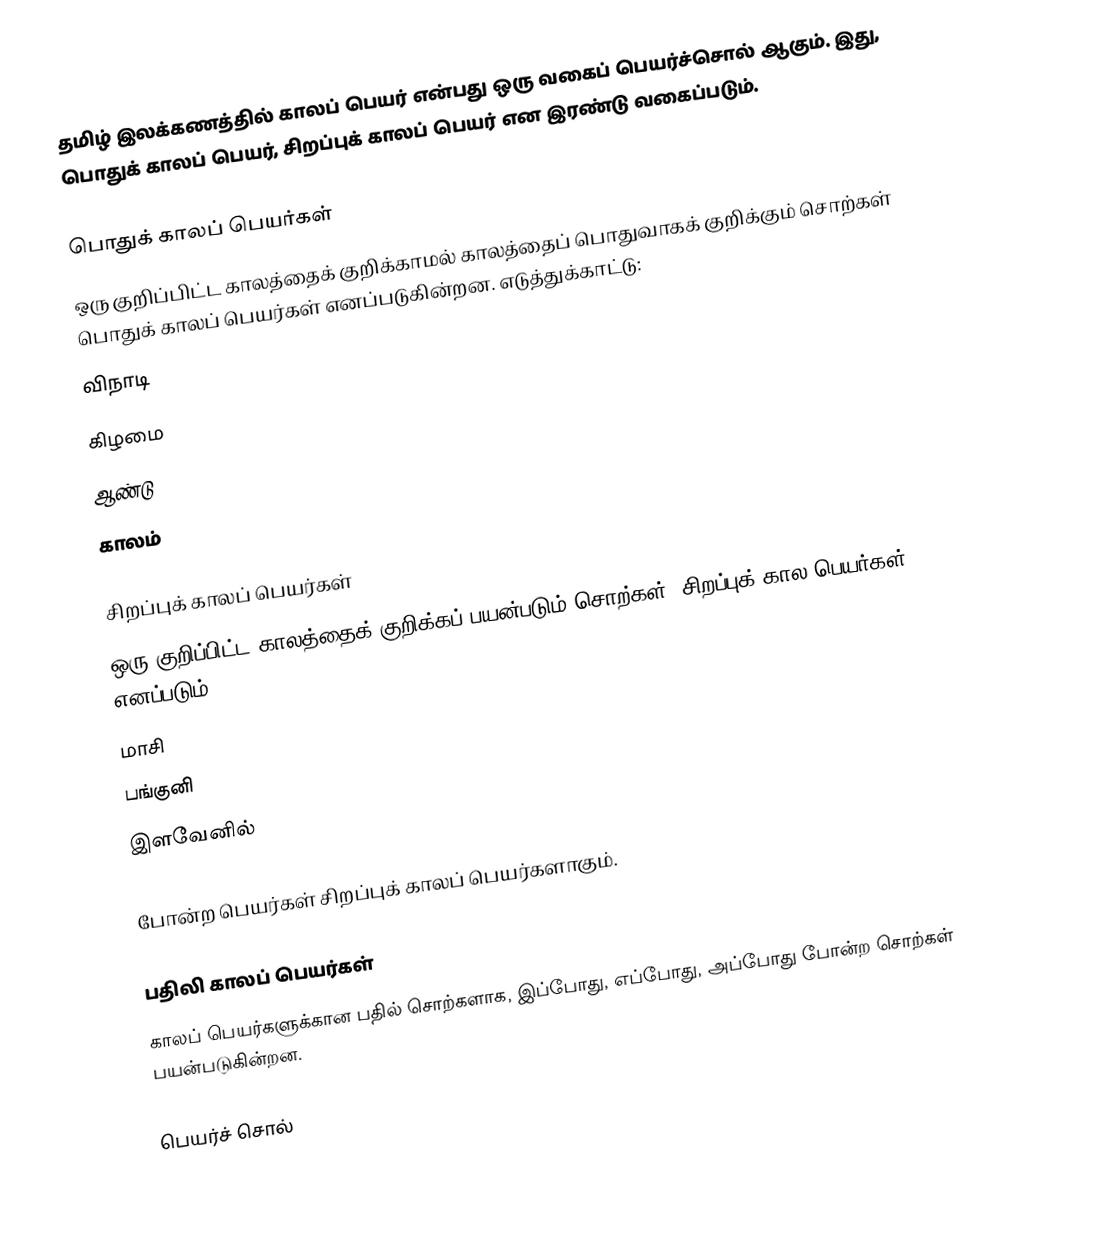
தமிழ் இலக்கணத்தில் காலப் பெயர் என்பது ஒரு வகைப் பெயர்ச்சொல் ஆகும். இது, பொதுக் காலப் பெயர், சிறப்புக் காலப் பெயர் என இரண்டு வகைப்படும்.

பொதுக் காலப் பெயர்கள்
ஒரு குறிப்பிட்ட காலத்தைக் குறிக்காமல் காலத்தைப் பொதுவாகக் குறிக்கும் சொற்கள் பொதுக் காலப் பெயர்கள் எனப்படுகின்றன. எடுத்துக்காட்டு:
 விநாடி
 கிழமை
 ஆண்டு
 காலம்

சிறப்புக் காலப் பெயர்கள்
ஒரு குறிப்பிட்ட காலத்தைக் குறிக்கப் பயன்படும் சொற்கள், சிறப்புக் கால பெயர்கள் எனப்படும்.
 மாசி
 பங்குனி
 இளவேனில்

போன்ற பெயர்கள் சிறப்புக் காலப் பெயர்களாகும்.

பதிலி காலப் பெயர்கள்
காலப் பெயர்களுக்கான பதில் சொற்களாக, இப்போது, எப்போது, அப்போது போன்ற சொற்கள் பயன்படுகின்றன.

பெயர்ச் சொல்